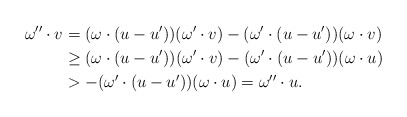
\begin{align*} \omega''\cdot v&=(\omega\cdot (u-u'))(\omega'\cdot v)-(\omega'\cdot (u-u'))(\omega\cdot v)\\&\geq (\omega\cdot (u-u'))(\omega'\cdot v)-(\omega'\cdot (u-u'))(\omega\cdot u)\\&>-(\omega'\cdot (u-u'))(\omega\cdot u)=\omega''\cdot u.\end{align*}